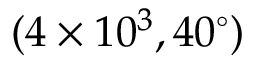
( 4 \times 1 0 ^ { 3 } , 4 0 ^ { \circ } )